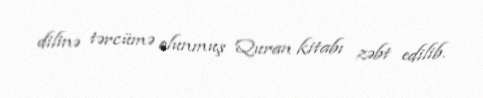
dilinə tərcümə olunmuş Quran kitabı zəbt edilib.